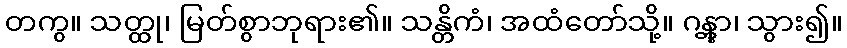
တကွ။ သတ္ထု၊ မြတ်စွာဘုရား၏။ သန္တိကံ၊ အထံတော်သို့။ ဂန္တွာ၊ သွား၍။